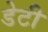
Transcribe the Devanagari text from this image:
डेटी